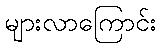
များလာကြောင်း